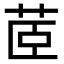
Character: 茝